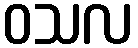
ဝသလ